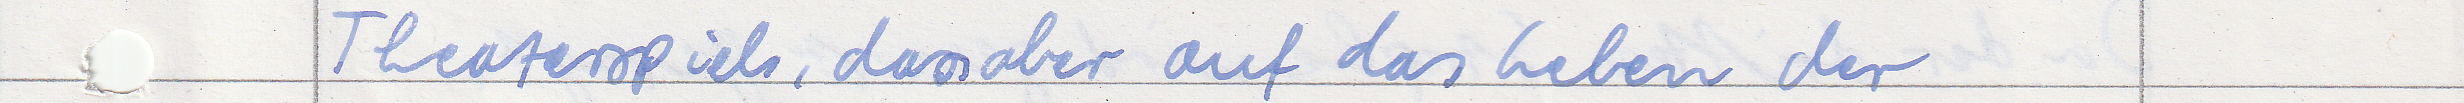
Theaterspiele, dass aber auf das Leben der